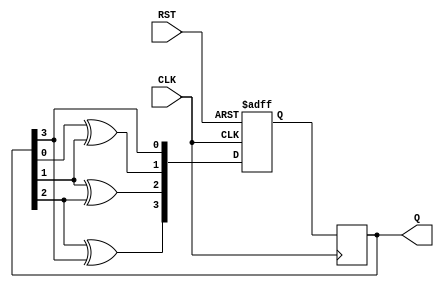
module johnson_gray_counter (
    input wire CLK,
    input wire RST,
    output reg [3:0] Q
);

reg [3:0] D;

always @(posedge CLK or posedge RST) begin
    if (RST) begin
        D <= 4'b0000;
    end else begin
        D[0] <= Q[3];
        D[1] <= Q[0] ^ Q[1];
        D[2] <= Q[1] ^ Q[2];
        D[3] <= Q[2] ^ Q[3];
    end
end

always @(posedge CLK) begin
    Q <= D;
end

endmodule